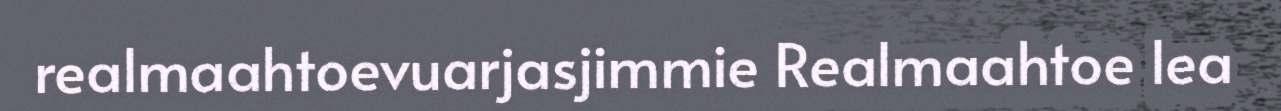
realmaahtoevuarjasjimmie Realmaahtoe lea